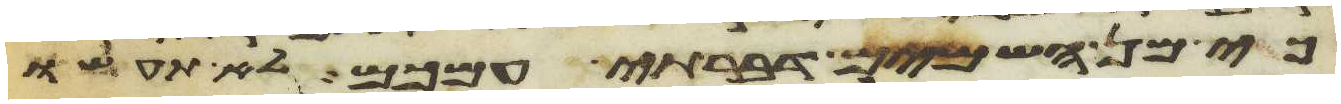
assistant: כי מן השמים דברתי עמכם לא תעשו